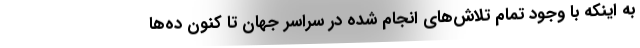
به اینکه با وجود تمام تلاش‌های انجام شده در سراسر جهان تا کنون ده‌ها